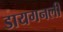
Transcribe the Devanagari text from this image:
डायगनली